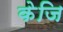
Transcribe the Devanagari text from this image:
केजि